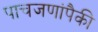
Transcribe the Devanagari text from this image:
पाचजणांपैकी